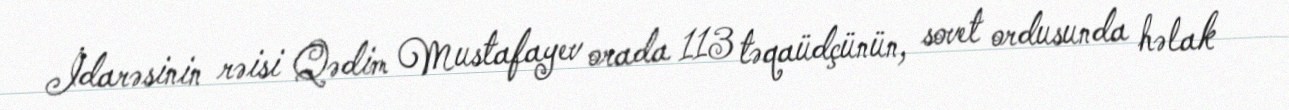
İdarəsinin rəisi Qədim Mustafayev orada 113 təqaüdçünün, sovet ordusunda həlak